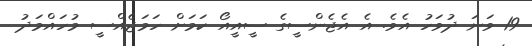
19 ވަނަ ދުވަހު އެވެ. އެ އެޖެންސީގެ ސީއީއޯ ކަމަށް ހަމަޖެއްސީ މުހައްމަދު